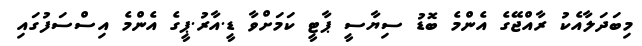
މިބަދަލާއެކުު ރާއްޖޭގެ އެންމެ ބޮޑު ސިޔާސީ ޕާޓީ ކަމަށްވާ ޑީ.އާރު.ޕީގެ އެންމެ އިސްސަފުގައި